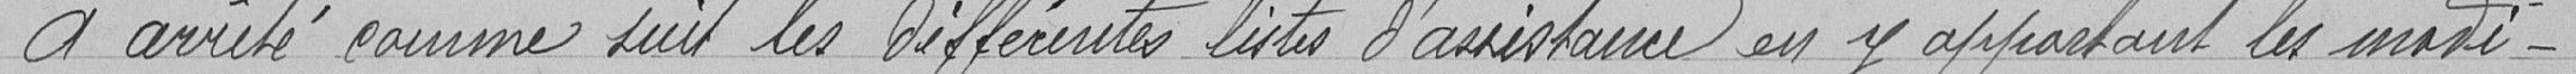
A arrêté comme suit les différentes listes d’assistance en y apportant les modi-